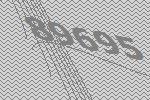
89695